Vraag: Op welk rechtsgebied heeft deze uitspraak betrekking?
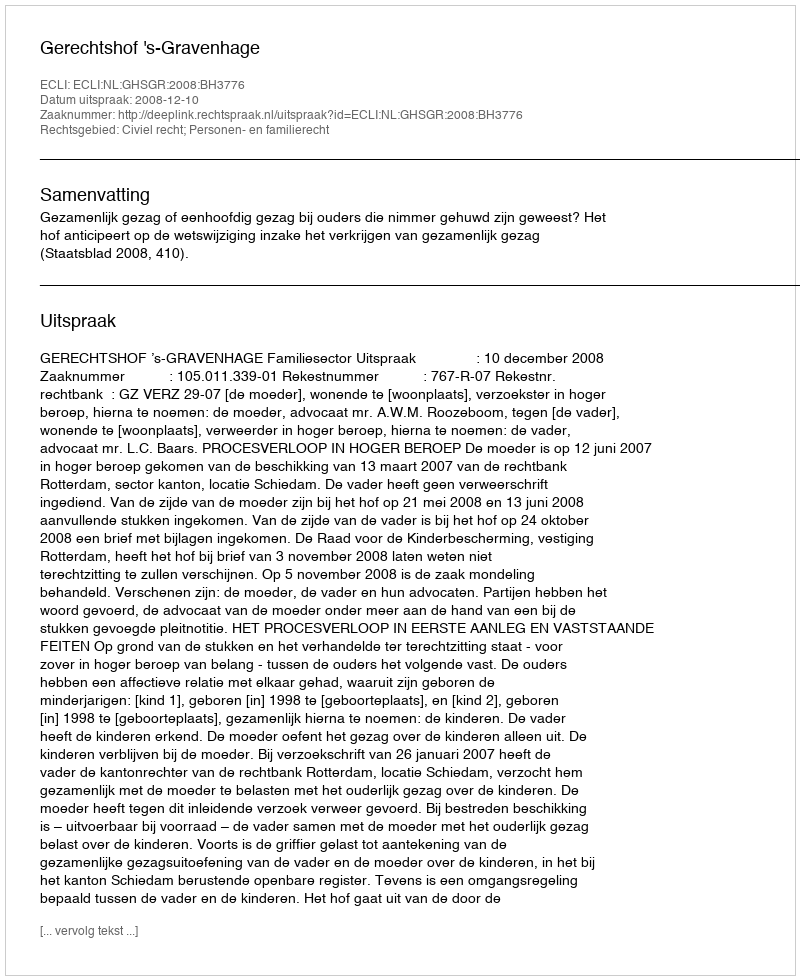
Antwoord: Civiel recht; Personen- en familierecht